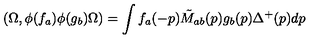
( \Omega , \phi ( f _ { a } ) \phi ( g _ { b } ) \Omega ) = \int f _ { a } ( - p ) \tilde { M } _ { a b } ( p ) g _ { b } ( p ) \Delta ^ { + } ( p ) d p